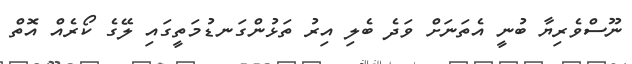
ނޫސްވެރިޔާ ބުނީ އެތަނަށް ވަދެ ބެލި އިރު ތަޅުންގަނޑުމަތީގައި ލޭގެ ކޯރެއް އޮތް